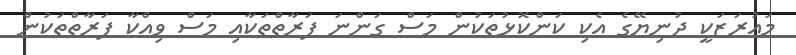
މައުރަޒަކީ ދުނިޔޭގެ އެކި ކަންކޮޅުތަކުން މަސް ގަންނަ ފަރާތްތަކާއި މަސް ވިއްކާ ފަރާތްތަކުން